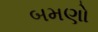
બમણો